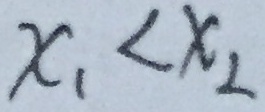
x _ { 1 } < x _ { 2 }